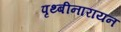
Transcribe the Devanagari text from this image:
पृथ्बीनारायन